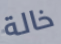
خالة